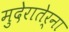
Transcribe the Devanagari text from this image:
मुदेरातेर्ना